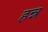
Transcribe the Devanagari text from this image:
हन्न